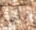
بابها